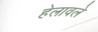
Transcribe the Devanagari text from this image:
हेलावले